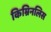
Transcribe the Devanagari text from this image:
किम्रिनलिस